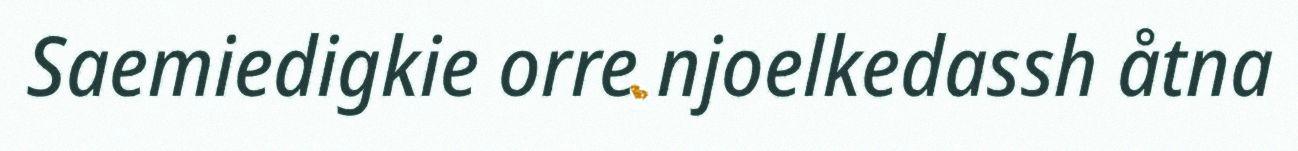
Saemiedigkie orre njoelkedassh åtna